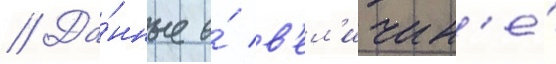
// Да́нные о́ в'ел'ичин'е́